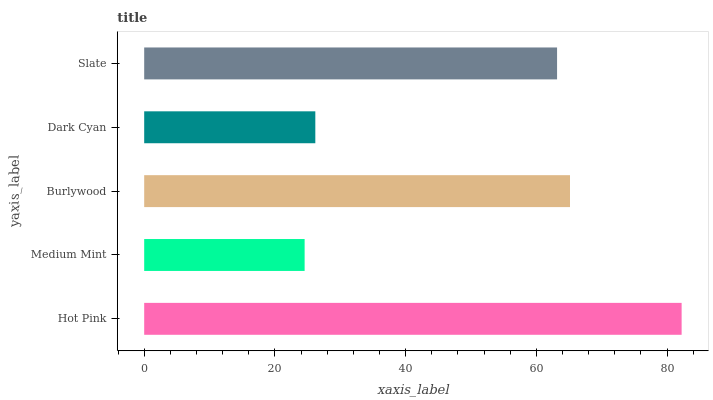
| yaxis_label | bars |
 | --- | --- |
 | Hot Pink | 82.2 |
 | Medium Mint | 24.5 |
 | Burlywood | 65.2 |
 | Dark Cyan | 26.2 |
 | Slate | 63.2 |